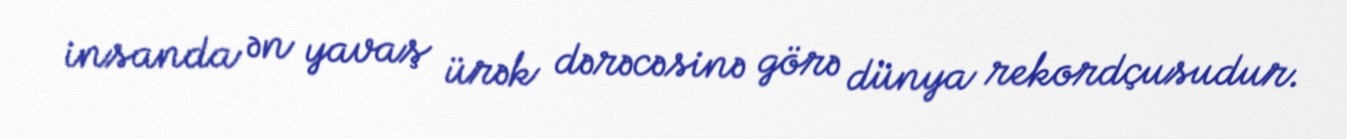
insanda ən yavaş ürək dərəcəsinə görə dünya rekordçusudur.